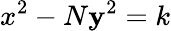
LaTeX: x^{2}-N\mathbf{y}^{2}=k